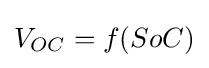
V_{OC}=f(SoC)